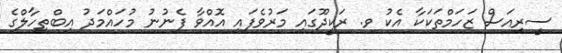
ސީރިއަސް ޒަހަމްތަކަކާ އެކު ވ. ރަކީދޫގައި މަރުވެފައި އޮއްވާ ފެނުނު މުހައްމަދު އިބްތިހާލްގެ